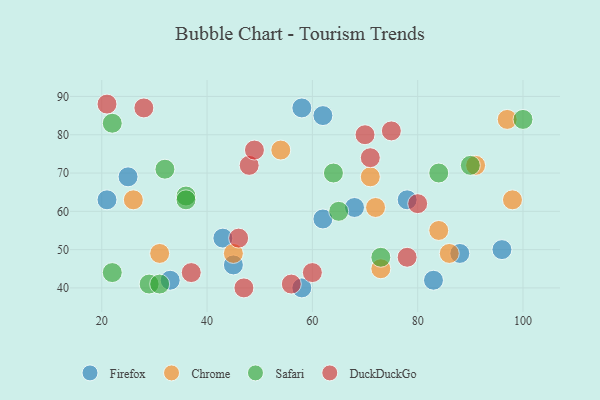
{"axis": {"x": "GDP", "y": "Life Expectancy"}, "legend": ["Chrome", "DuckDuckGo", "Firefox", "Safari"], "data": [{"x": "43", "y": 53, "type": "Firefox"}, {"x": "62", "y": 58, "type": "Firefox"}, {"x": "58", "y": 87, "type": "Firefox"}, {"x": "58", "y": 40, "type": "Firefox"}, {"x": "45", "y": 46, "type": "Firefox"}, {"x": "25", "y": 69, "type": "Firefox"}, {"x": "78", "y": 63, "type": "Firefox"}, {"x": "88", "y": 49, "type": "Firefox"}, {"x": "21", "y": 63, "type": "Firefox"}, {"x": "83", "y": 42, "type": "Firefox"}, {"x": "96", "y": 50, "type": "Firefox"}, {"x": "33", "y": 42, "type": "Firefox"}, {"x": "62", "y": 85, "type": "Firefox"}, {"x": "68", "y": 61, "type": "Firefox"}, {"x": "86", "y": 49, "type": "Chrome"}, {"x": "98", "y": 63, "type": "Chrome"}, {"x": "31", "y": 49, "type": "Chrome"}, {"x": "54", "y": 76, "type": "Chrome"}, {"x": "71", "y": 69, "type": "Chrome"}, {"x": "45", "y": 49, "type": "Chrome"}, {"x": "97", "y": 84, "type": "Chrome"}, {"x": "73", "y": 45, "type": "Chrome"}, {"x": "91", "y": 72, "type": "Chrome"}, {"x": "26", "y": 63, "type": "Chrome"}, {"x": "72", "y": 61, "type": "Chrome"}, {"x": "84", "y": 55, "type": "Chrome"}, {"x": "22", "y": 83, "type": "Safari"}, {"x": "29", "y": 41, "type": "Safari"}, {"x": "84", "y": 70, "type": "Safari"}, {"x": "31", "y": 41, "type": "Safari"}, {"x": "73", "y": 48, "type": "Safari"}, {"x": "90", "y": 72, "type": "Safari"}, {"x": "65", "y": 60, "type": "Safari"}, {"x": "100", "y": 84, "type": "Safari"}, {"x": "22", "y": 44, "type": "Safari"}, {"x": "36", "y": 64, "type": "Safari"}, {"x": "36", "y": 63, "type": "Safari"}, {"x": "64", "y": 70, "type": "Safari"}, {"x": "32", "y": 71, "type": "Safari"}, {"x": "75", "y": 81, "type": "DuckDuckGo"}, {"x": "21", "y": 88, "type": "DuckDuckGo"}, {"x": "46", "y": 53, "type": "DuckDuckGo"}, {"x": "78", "y": 48, "type": "DuckDuckGo"}, {"x": "71", "y": 74, "type": "DuckDuckGo"}, {"x": "48", "y": 72, "type": "DuckDuckGo"}, {"x": "47", "y": 40, "type": "DuckDuckGo"}, {"x": "80", "y": 62, "type": "DuckDuckGo"}, {"x": "70", "y": 80, "type": "DuckDuckGo"}, {"x": "28", "y": 87, "type": "DuckDuckGo"}, {"x": "60", "y": 44, "type": "DuckDuckGo"}, {"x": "49", "y": 76, "type": "DuckDuckGo"}, {"x": "56", "y": 41, "type": "DuckDuckGo"}, {"x": "37", "y": 44, "type": "DuckDuckGo"}]}